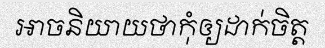
អាចនិយាយថាកុំឲ្យដាក់ចិត្ត